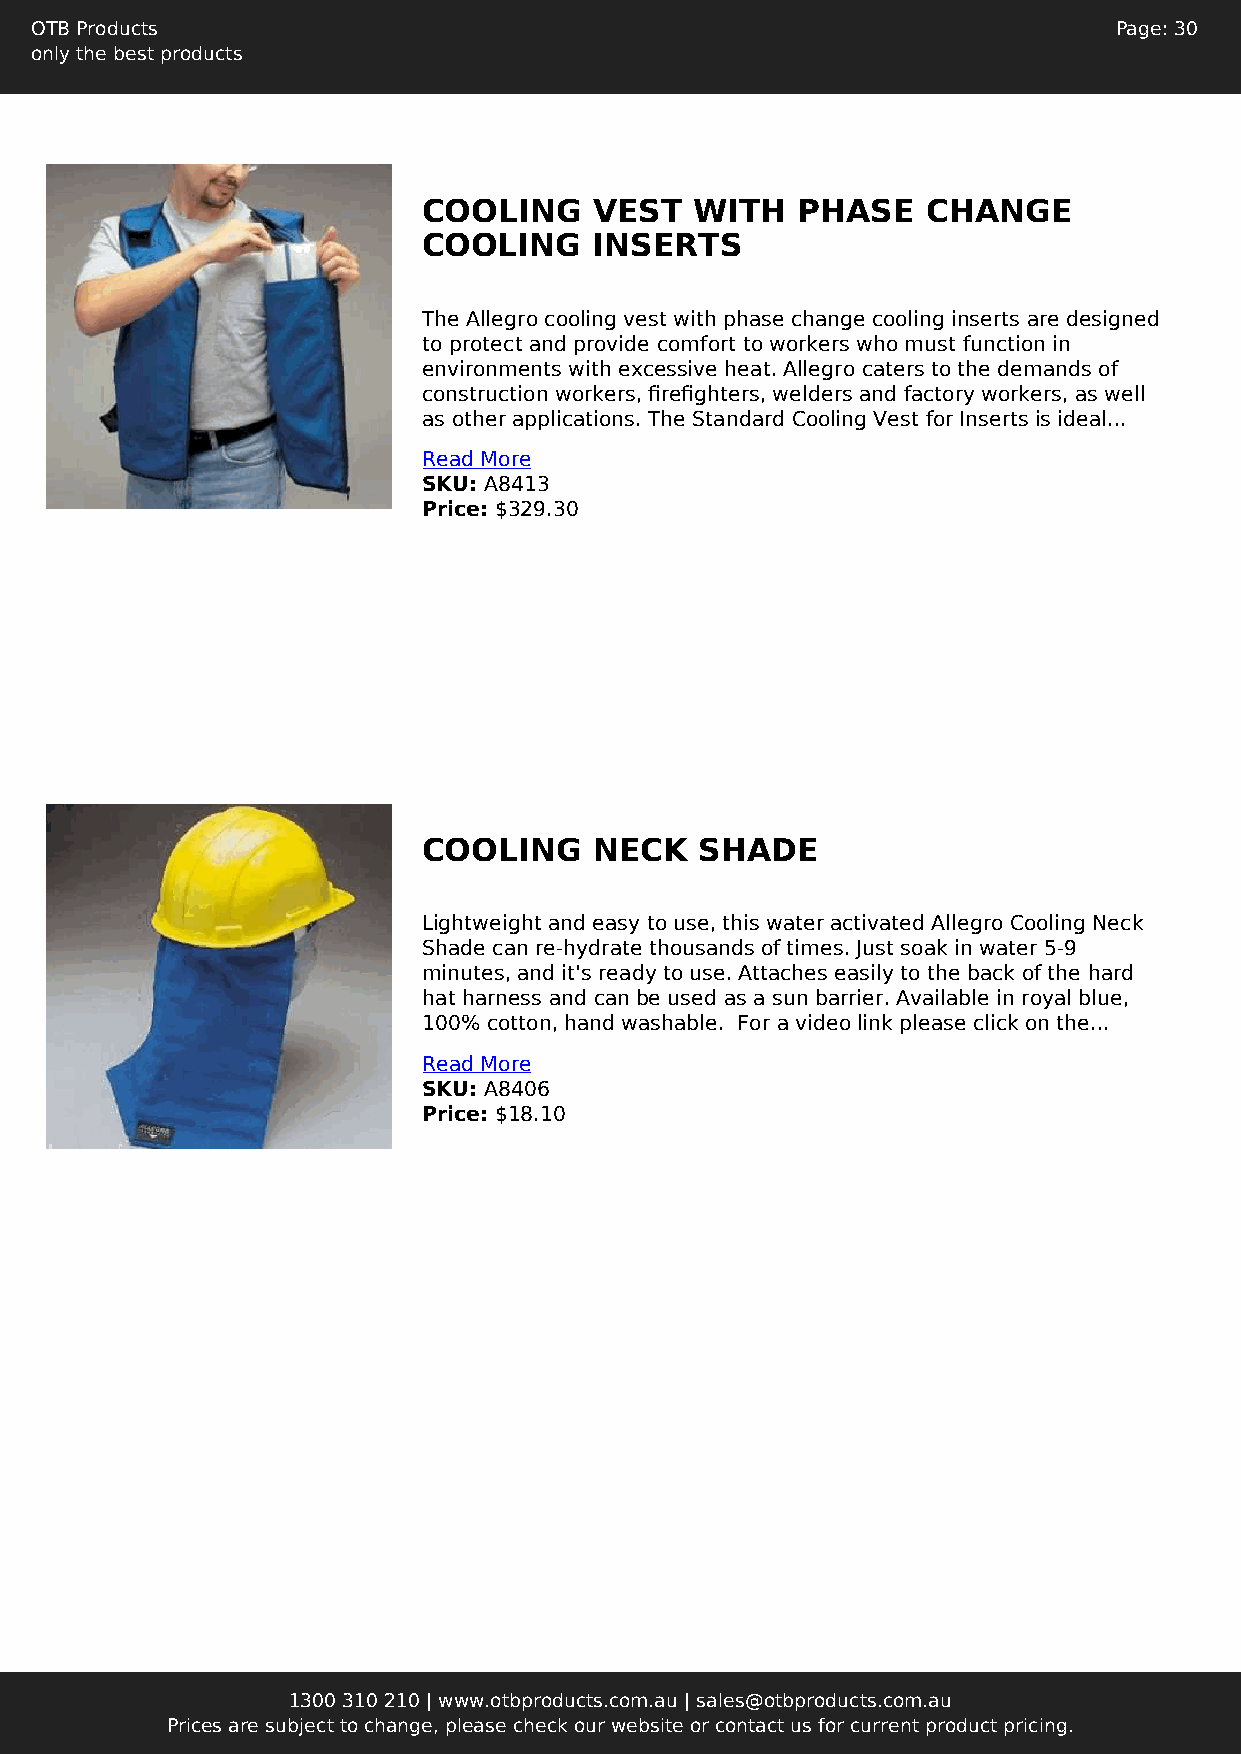
OTB Products                                                            Page: 30
 only the best products
 COOLING    VEST   WITH   PHASE   CHANGE
 COOLING    INSERTS
 The Allegro cooling vest with phase change cooling inserts are designed
 to protect and provide comfort to workers who must function in
 environments with excessive heat. Allegro caters to the demands of
 construction workers, firefighters, welders and factory workers, as well
 as other applications. The Standard Cooling Vest for Inserts is ideal...
 Read More
 SKU: A8413
 Price: $329.30
 COOLING    NECK   SHADE
 Lightweight and easy to use, this water activated Allegro Cooling Neck
 Shade can re-hydrate thousands of times. Just soak in water 5-9
 minutes, and it's ready to use. Attaches easily to the back of the hard
 hat harness and can be used as a sun barrier. Available in royal blue,
 100% cotton, hand washable. For a video link please click on the...
 Read More
 SKU: A8406
 Price: $18.10
 1300 310 210 | www.otbproducts.com.au | sales@otbproducts.com.au
 Prices are subject to change, please check our website or contact us for current product pricing.